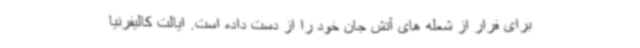
برای فرار از شعله های آتش جان خود را از دست داده است. ایالت کالیفرنیا